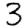
Digit: 3